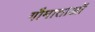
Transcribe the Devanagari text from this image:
गौमाताओं